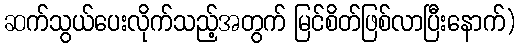
ဆက်သွယ်ပေးလိုက်သည့်အတွက် မြင်စိတ်ဖြစ်လာပြီးနောက်)